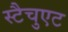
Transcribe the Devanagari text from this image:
स्टैचुएट